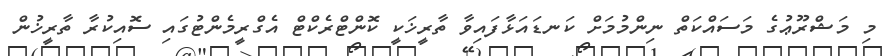
މި މަޝްރޫޢުގެ މަސައްކަތް ނިންމުމަށް ކަނޑައަޅާފައިވާ ތާރީޚަކީ ކޮންޓްރެކްޓް އެގްރީމެންޓުގައި ސޮއިކުރާ ތާރީޚުން